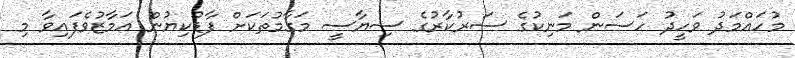
މުހައްމަދު ވަހީދު ހަސަން މަނިކުގެ ސަރުކާރުގެ ސިޔާސީ މަގާމުތަކަށް ފާޑުކިޔުން އަމާޒުވެފައިވާ މި